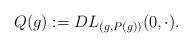
LaTeX: \begin{align*}Q(g):= DL_{(g,P(g))}(0,\cdot).\end{align*}